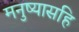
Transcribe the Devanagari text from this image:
मनुष्यासहि